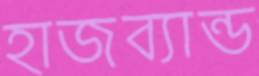
হাজব্যান্ড